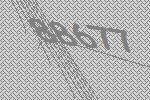
88677